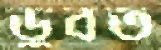
ডুবত